Annual report on the Civil Veterinary Department, Burma (including the Insein Veterinary School) - 1932-1941
Year: 1932
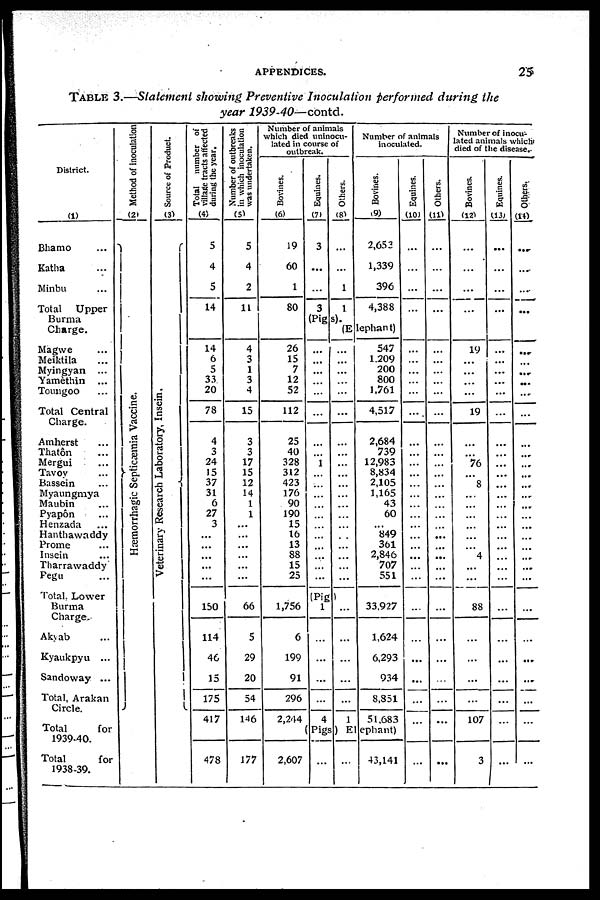
APPENDICES.
25
TABLE 3.—Statement showing Preventive Inoculation performed during the
year 1939-40—contd.
District.
(1)
Bhamo ...
Katha ...
Minbu ...
Total
Upper
Burma
Charge.
Magwe ...
Meiktila ...
Myingyan ...
Yamèthin ...
Toungoo ...
Total Central
Charge.
Amherst ...
Thatôn ...
Mergui ...
Tavov ...
Bassein ...
Myaungmya
Maubin ...
Pyapôn ...
Henzada ...
Hanthawaddy
Prome ...
Insein ...
Tharrawaddy
Pegu ...
Total. Lower
Burma
Charge.
Akyab ...
Kyaukpyu ...
Sandoway ...
Total, Arakan
Total
for
1939-40.
Total
for
1938-39.
Method of inoculation
(2)
Hæmorrhagic Septicæmia Vaccine.
Source of Product.
(3)
Veterinary Research La bor a t
or y, Insein.
Total number of
village tracts affected
during the year.
(4)
5
4
5
14
14
6
5
33
20
Number of outbreaks
in which inoculation
was undertaken.
(5)
5
4
2
11
4
3
1
3
4
Number of animals
which died uninocu-
lated in course of
outbreak.
Bovines.
(6)
19
60
1
80
26
15
7
12
52
Equines.
(7)
3
...
...
3
Others.
(8)
...
...
1
1
Number of animals
inoculated.
Bovines.
(9)
2,652
1,339
396
4,388
(Pigs).(Elephant)
...
...
...
...
...
...
...
...
...
...
547
1,209
200
800
1,761
Equines.
(10)
...
...
...
...
...
...
...
...
...
Others.
(11)
...
...
...
...
...
...
...
...
...
Number of inocu-
lated animals which
died of the disease.
Bovines.
(12)
...
...
...
...
19
...
...
...
...
Equines.
(13)
...
...
...
...
...
...
...
...
...
Others.
(14)
...
...
...
...
...
...
...
...
...
78
15
112
...
...
4,517
...
...
19
...
...
4
3
24
15
37
31
6
27
3
...
...
...
...
...
150
114
46
15
175
417
478
3
3
17
15
12
14
1
1
...
...
...
...
...
...
66
5
29
20
54
146
177
25
40
328
312
423
176
90
190
15
16
13
88
15
25
1,756
6
199
91
296
2,244
2,607
...
...
1
...
...
...
...
...
...
...
...
...
...
...
...
...
...
...
...
...
...
...
...
...
...
...
...
...
(Pig)
1
...
...
...
...
4
...
...
...
...
...
1
2,684
739
12,983
8,834
2,105
1,165
43
60
...
849
361
2,846
707
551
33,927
1,624
6,293
934
8,851
51,683
(Pigs) Elephant)
... ...
43,141
...
...
...
...
...
...
...
...
...
...
...
...
...
...
...
...
...
...
...
...
...
...
...
...
...
...
...
...
...
...
...
...
...
...
...
...
...
...
...
...
...
...
...
...
76
...
8
...
...
...
...
...
... 4
...
...
88
...
...
...
...
107
3
...
...
...
...
...
...
...
...
...
...
...
...
...
...
...
...
...
...
...
...
...
...
...
...
...
...
....
...
...
...
...
...
...
...
...
...
...
...
...
...
...
...